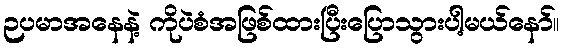
ဉပမာအနေနဲ့ ကိုပဲစံအဖြစ်ထားပြီးပြောသွားပါ့မယ်နော်။